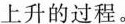
上升的过程。